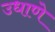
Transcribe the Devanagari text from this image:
उधाणे